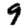
Digit: 9